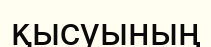
қысуының